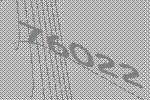
76022